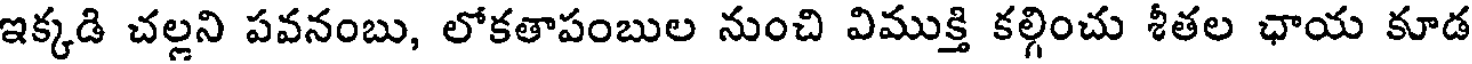
ఇక్కడి చల్లని పవనంబు, లోకతాపంబుల నుంచి విముక్తి కల్గించు శీతల ఛాయ కూడ